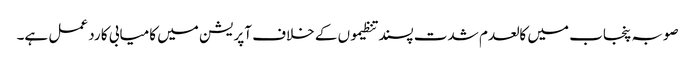
صوبہ پنجاب میں کالعدم شدت پسند تنظیموں کے خلاف آپریشن میں کامیابی کا رد عمل ہے۔